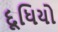
દૂધિયો